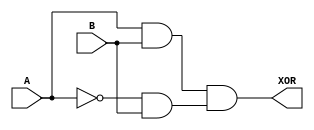
module pass_gate_xor (
    input A,
    input B,
    output XOR
);

wire invA;
wire transA;
wire transB;

assign invA = ~A;
assign transA = A & B;
assign transB = invA & B;

assign XOR = transA & transB;

endmodule